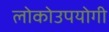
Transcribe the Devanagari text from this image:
लोकोउपयोगी